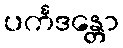
ပင်္ကဒန္တော